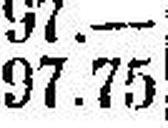
97.75